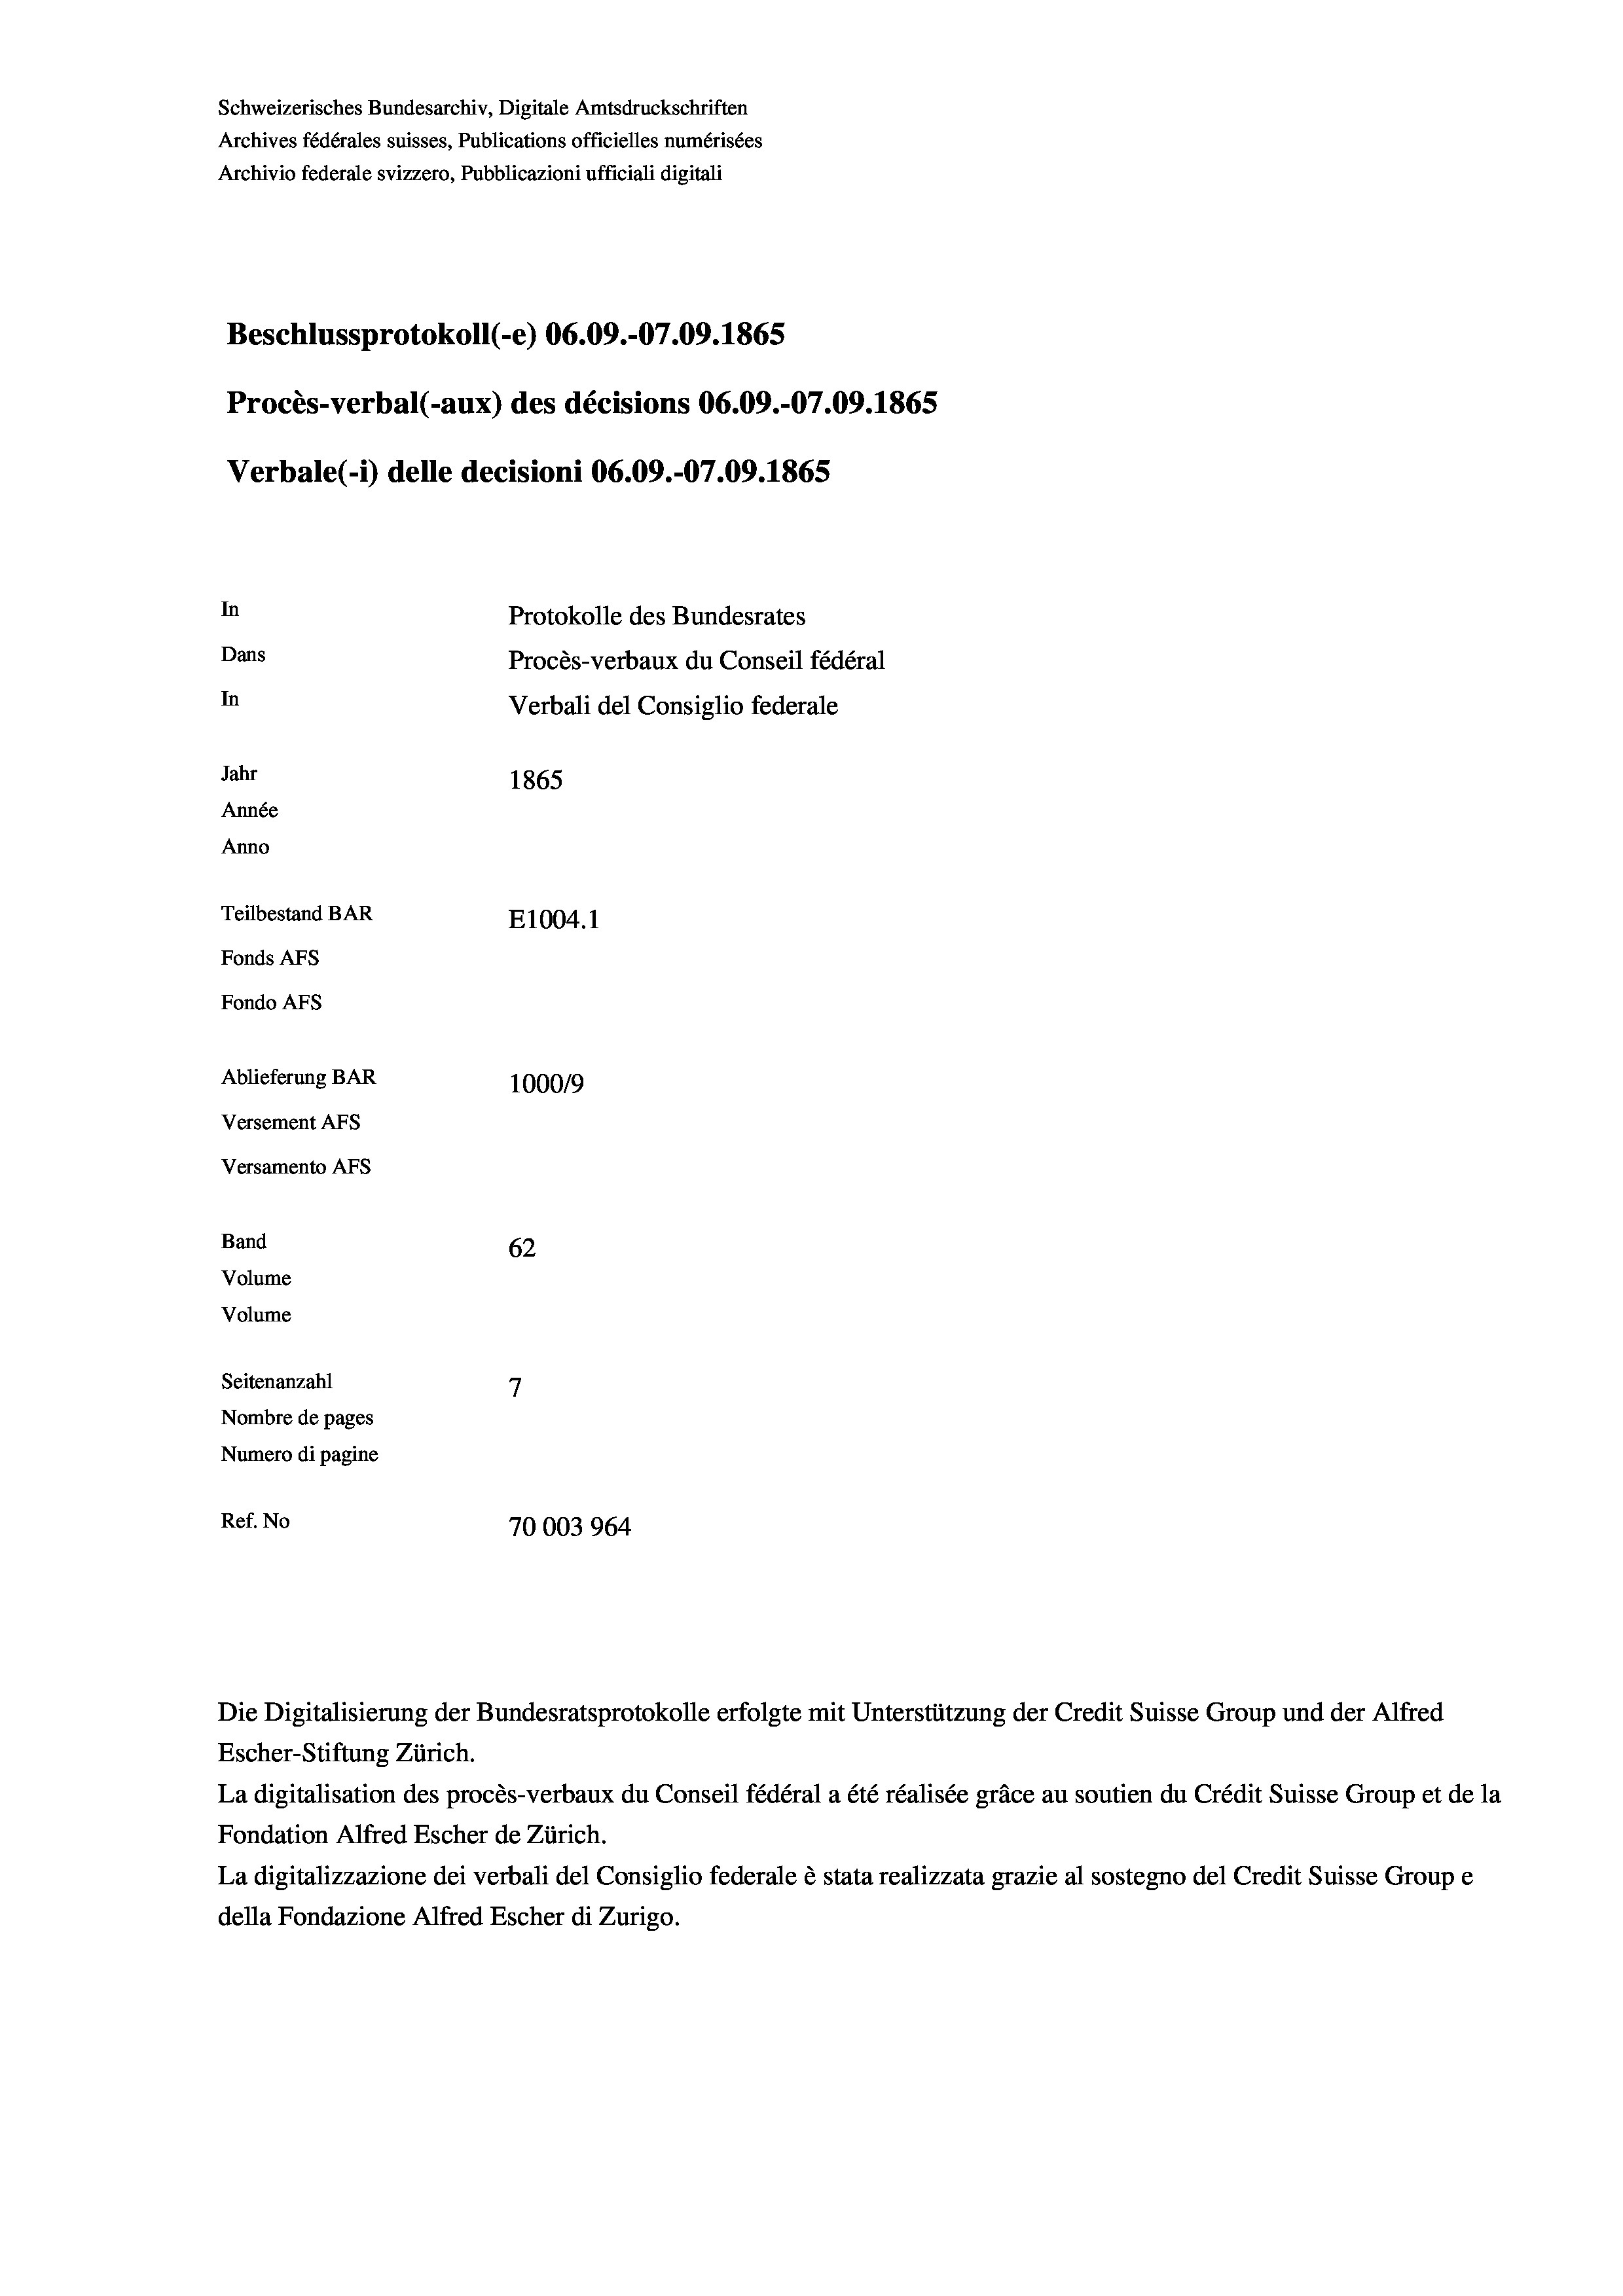
Schweizerisches Bundesarchiv, Digitale Amtsdruckschriften
Archives fédérales suisses, Publications officielles numérisées
Archivio federale svizzero, Pubblicazioni ufficiali digitali
Beschlussprotokoll (-e) 06.09.-07.09. 1865
Procès-verbal (-aux) des décisions 06.09.-07.09. 1865
Verbale (i) delle decisioni 06.09.-07.09. 1865
In
Protokolle des Bundesrates
Dans
Procès-verbaux du Conseil fédéral
In
Verbali del Consiglio federale
Jahr
1865
Année
Anno
Teilbestand BAR
E1004. 1
Fonds AFs
Fondo Afs
Ablieferung BAR
100019
Versement Ans
Versamento Afs
Band
62
Volume
Volume
7
Seitenanzahl
Nombre de pages
Numero di pagine
Ref. No
70003964

Escher-Stiftung Zürich.
La digitalisation des procès-verbaux du Conseil fédéral a été réalisée gräce au soutien du Crédit Suisse Group et de la
Fondation Alfred Escher de Zürich.
La digitalizzazione dei verbali del Consiglio federale è stata realizzata grazie al sostegno del Credit Suisse Groupe
della Fondazione Alfred Escher di Zurigo.

Die Digitalisierung der Bundesratsprotokolle erfolgte mit Unterstützung der Credit Suisse Group und der Alfred